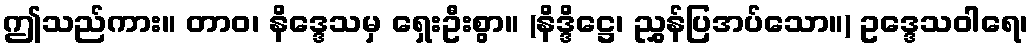
ဤသည်ကား။ တာဝ၊ နိဒ္ဒေသမှ ရှေးဦးစွာ။ (နိဒ္ဒိဋ္ဌေ၊ ညွှန်ပြအပ်သော။) ဥဒ္ဒေသဝါရေ၊